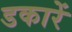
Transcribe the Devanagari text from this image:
डकारें